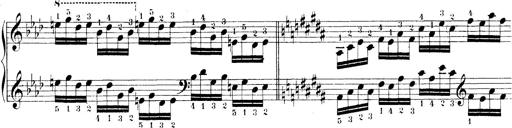
Title: Technische Studien
Composer: Franz Liszt